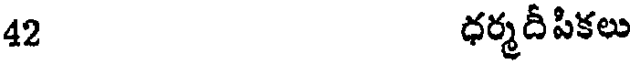
42 ధర్మదీపికలు